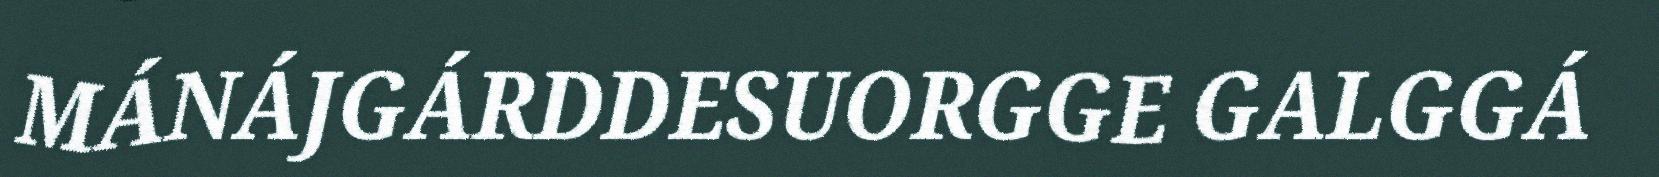
MÁNÁJGÁRDDESUORGGE GALGGÁ